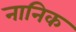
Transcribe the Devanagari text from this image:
नानिक